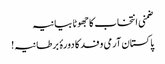
ضمنی انتخاب کاجھوٹا بیانیہ
پاکستان آرمی وفد کا دورۂ برطانیہ!